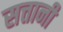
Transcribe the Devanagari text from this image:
सत्तानी